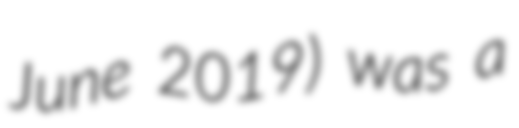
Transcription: June 2019) was a